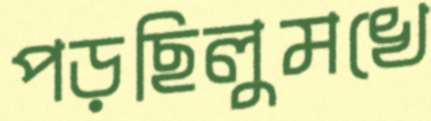
পড়ছিলুমখে